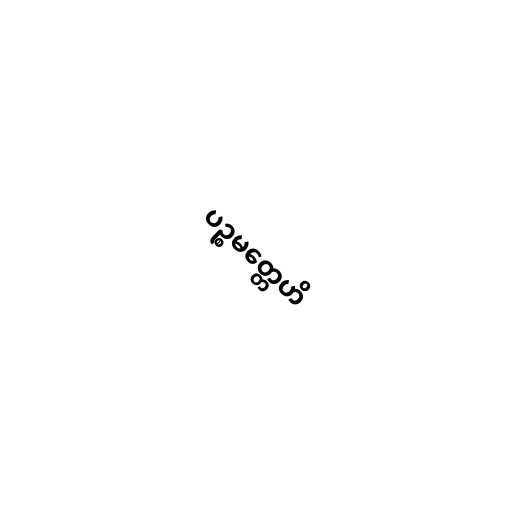
ပဉ္စမတ္တေဟိ